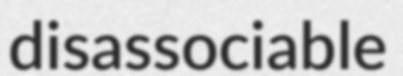
disassociable